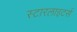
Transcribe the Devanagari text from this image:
स्टारलाइटर्स